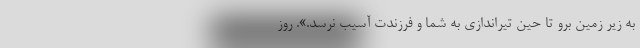
به زیر زمین برو تا حین تیراندازی به شما و فرزندت آسیب نرسد.». روز